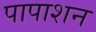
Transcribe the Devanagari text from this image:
पापाशन